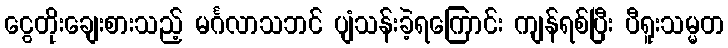
ငွေတိုးချေးစားသည့် မင်္ဂလာသဘင် ပျံသန်းခဲ့ရကြောင်း ကျန်ရစ်ပြီး ပီရူးသမ္မတ